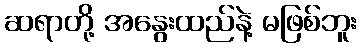
ဆရာတို့ အနွေးထည်နဲ့ မဖြစ်ဘူး